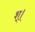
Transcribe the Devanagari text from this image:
श्।